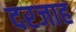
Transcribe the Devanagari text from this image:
दरजाह